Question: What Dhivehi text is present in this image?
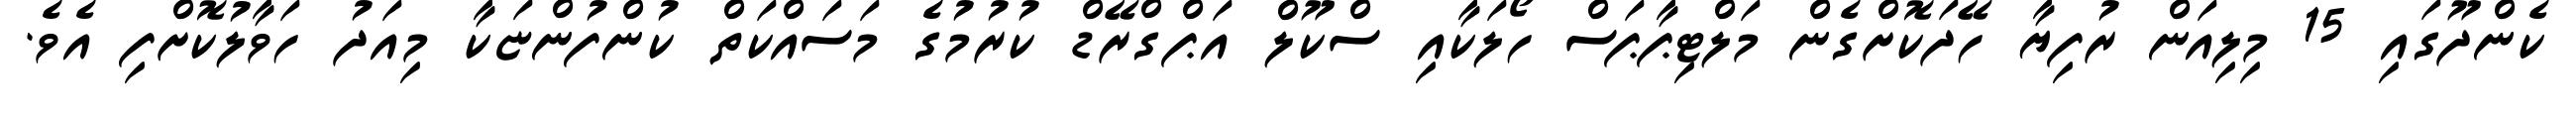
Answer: ކެންދޫގައި 15 މިލިއަން ރުފިޔާ ހޭދަކޮށްގެން މަލްޓިޕާޕަސް ހޯލަކާއި ސްކޫލް އަޕްގްރޭޑް ކުރުމުގެ މަސައްކަތް ކުންފުންޏަކާ މިއަދު ހަވާލުކޮށްފި އެވެ.